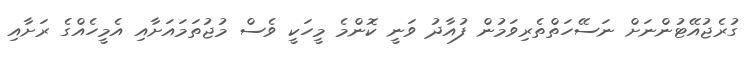
ގުރެޖުއޭޓުންނަށް ނަސޭހަތްތެރިވަމުން ފުއާދު ވަނީ ކޮންމެ މީހަކީ ވެސް މުޖުތަމައަށާއި އެމީހެއްގެ ރަށާއި